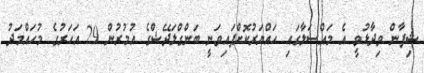
ޝިފާން ވިދާޅުވީ އެ މައްސަލާގައި ހައްޔަރުކޮށްފައިވަނީ ބަންގްލަދޭޝްގެ އުމުރުން 29 އަހަރުގެ މުހައްމަދު